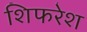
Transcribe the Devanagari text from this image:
शिफरेश